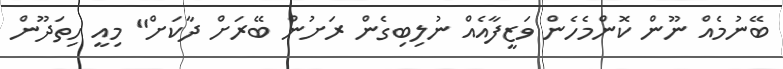
ބޭނުމެއް ނޫން ކޮންމެހެން ވަޒީފާއެއް ނުލިބިގެން ރަށުން ބޭރަށް ދާކަށް" މިއީ ހިތަދޫން